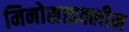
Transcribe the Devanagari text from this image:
मिनोसाइक्लीन